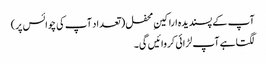
آپ کے پسندیدہ اراکینِ محفل ( تعداد آپ کی چوائس پر)
لگتا ہے آپ لڑائی کروائیں گی۔